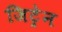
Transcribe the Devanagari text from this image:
जिट्रेन